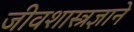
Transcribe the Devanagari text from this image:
जीवशास्त्रज्ञाने